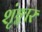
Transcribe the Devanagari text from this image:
शृंङ्गार